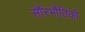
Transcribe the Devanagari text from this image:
सौरभौतिकी